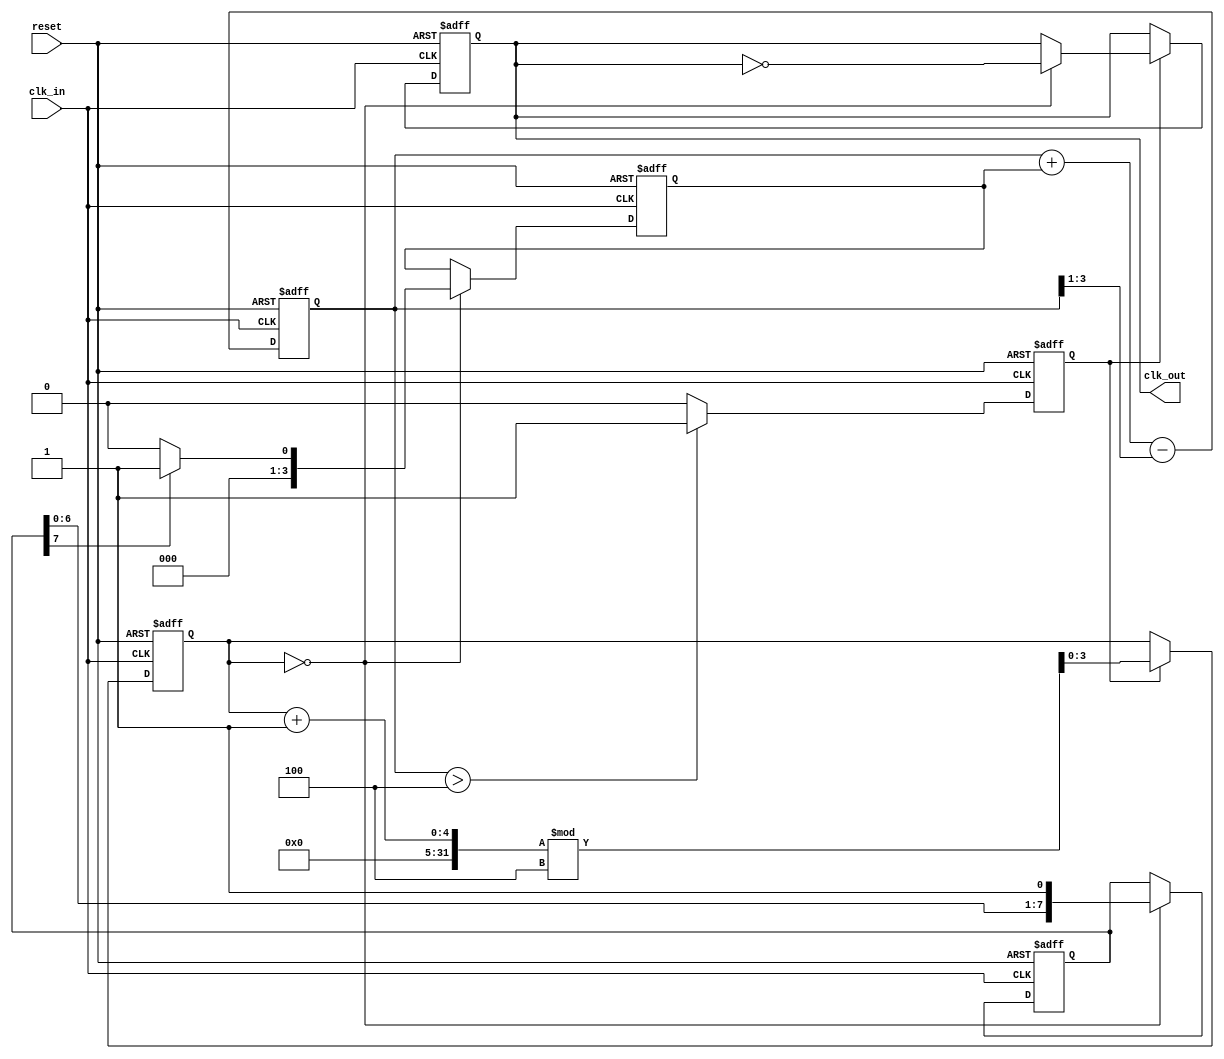
module ClockRecoveryPLL (
    input wire clk_in,           // Incoming data signal
    input wire reset,            // Reset signal
    output reg clk_out           // Output clock signal
);

    // Parameters
    parameter integer N = 4;     // VCO frequency multiplier
    parameter integer FILTER_SIZE = 8; // Size of the memory block for phase information

    // Internal signals
    reg [FILTER_SIZE-1:0] phase_memory; // Memory block for phase information
    reg [3:0] phase_error;               // Phase error signal
    reg [3:0] control_voltage;            // Control voltage for VCO
    reg [3:0] vco_counter;                // VCO counter for generating output clock
    reg vco_enable;                       // VCO enable signal

    // Phase Detector (PD)
    always @(posedge clk_in or posedge reset) begin
        if (reset) begin
            phase_memory <= 0;
            phase_error <= 0;
        end else begin
            // Edge detection for phase comparison
            if (vco_counter == 0) begin
                phase_memory <= {phase_memory[FILTER_SIZE-2:0], 1'b1}; // Store phase info
                phase_error <= phase_memory[FILTER_SIZE-1] ? 1 : 0; // Simple phase error detection
            end
        end
    end

    // Loop Filter (LF)
    always @(posedge clk_in or posedge reset) begin
        if (reset) begin
            control_voltage <= 0;
        end else begin
            // Simple low-pass filter implementation
            control_voltage <= control_voltage + phase_error - (control_voltage >> 1);
        end
    end

    // Voltage-Controlled Oscillator (VCO)
    always @(posedge clk_in or posedge reset) begin
        if (reset) begin
            vco_counter <= 0;
            clk_out <= 0;
            vco_enable <= 0;
        end else begin
            // VCO frequency adjustment based on control voltage
            if (control_voltage > 4) begin
                vco_enable <= 1; // Enable VCO if control voltage is high
            end else begin
                vco_enable <= 0; // Disable VCO if control voltage is low
            end

            if (vco_enable) begin
                vco_counter <= (vco_counter + 1) % N; // Increment VCO counter
                if (vco_counter == 0) begin
                    clk_out <= ~clk_out; // Toggle output clock
                end
            end
        end
    end

endmodule